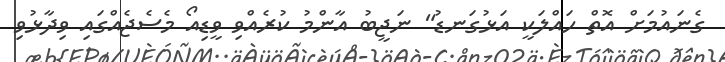
ގެނައުމަށް އޮތް ހައްލަކީ އަޅުގަނޑު" ނަޖީބު އާންމު ކުރެއްވި ވީޑިއޯ މެސެޖެއްގައި ވިދާޅުވި